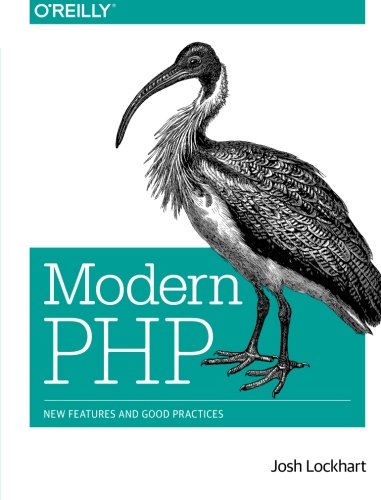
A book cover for Modern PHP: New Features and Good Practices; Josh Lockhart; Computers & Technology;